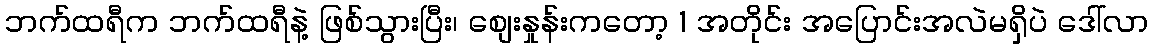
ဘက်ထရီက ဘက်ထရီနဲ့ ဖြစ်သွားပြီး၊ စျေးနှုန်းကတော့ 1 အတိုင်း အပြောင်းအလဲမရှိပဲ ဒေါ်လာ